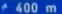
400 m